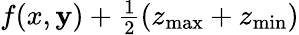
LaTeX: f(x,\mathbf{y})+\textstyle\frac{{1}}{{2}}(z_{\operatorname*{max}}+z_{\operatorname*{min}})